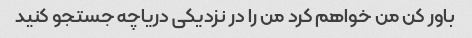
باور کن من خواهم کرد من را در نزدیکی دریاچه جستجو کنید